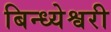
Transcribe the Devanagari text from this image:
बिन्ध्येश्वरी